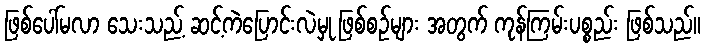
ဖြစ်ပေါ်မလာ သေးသည့် ဆင့်ကဲပြောင်းလဲမှု ဖြစ်စဉ်များ အတွက် ကုန်ကြမ်းပစ္စည်း ဖြစ်သည်။